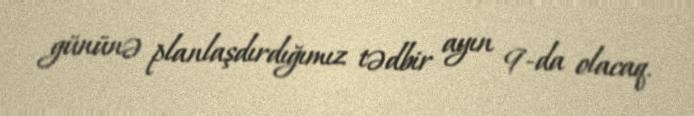
gününə planlaşdırdığımız tədbir ayın 9-da olacaq.